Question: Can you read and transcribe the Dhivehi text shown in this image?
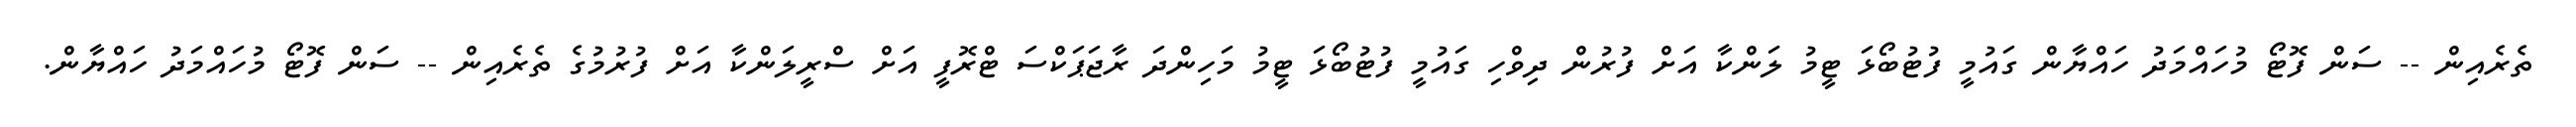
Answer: ތެރެއިން -- ސަން ފޮޓޯ މުހައްމަދު ހައްޔާން ގައުމީ ފުޓުބޯޅަ ޓީމު ލަންކާ އަށް ފުރުން ދިވްހި ގައުމީ ފުޓުބޯޅަ ޓީމު މަހިންދަ ރާޖަޕަކްސަ ޓްރޮފީ އަށް ސްރީލަންކާ އަށް ފުރުމުގެ ތެރެއިން -- ސަން ފޮޓޯ މުހައްމަދު ހައްޔާން.